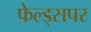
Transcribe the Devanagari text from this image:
फेल्ड्सपर